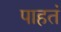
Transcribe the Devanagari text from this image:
पाहतं